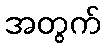
အတွက်